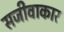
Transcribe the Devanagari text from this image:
सजीवाकार